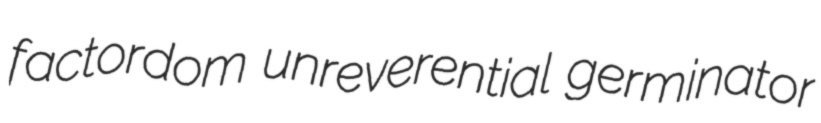
factordom unreverential germinator